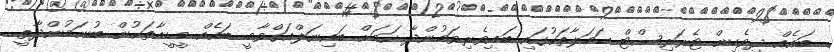
ބައެއް ދިވެހިން ޓެރަރިސްޓް ހަމަލާތަކުގައި ބައިވެރިވަމުންދާ ކަމަށް ބައިނަލްއަގްވާމީ ބައެއް މީޑީއާތަކުން ބުނަމުންދާތީ